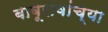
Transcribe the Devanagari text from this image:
बाबूरांवांच्या